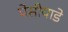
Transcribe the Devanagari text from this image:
पेसीयाडे